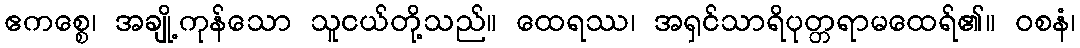
ဧကစ္စေ၊ အချို့ကုန်သော သူငယ်တို့သည်။ ထေရဿ၊ အရှင်သာရိပုတ္တရာမထေရ်၏။ ဝစနံ၊